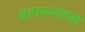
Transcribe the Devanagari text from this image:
आपल्ल्याला